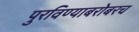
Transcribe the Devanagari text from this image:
पुरविण्याबरोबरच